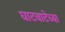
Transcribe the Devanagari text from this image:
घाटवाटेच्या